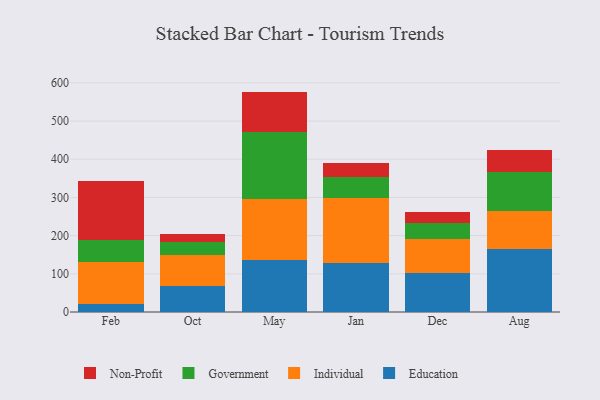
{"axis": {"x": "Month", "y": "Page Views"}, "legend": ["Education", "Government", "Individual", "Non-Profit"], "data": [{"x": "Feb", "y": 20.9, "type": "Education"}, {"x": "Feb", "y": 111.0, "type": "Individual"}, {"x": "Feb", "y": 56.5, "type": "Government"}, {"x": "Feb", "y": 153.9, "type": "Non-Profit"}, {"x": "Oct", "y": 68.6, "type": "Education"}, {"x": "Oct", "y": 80.1, "type": "Individual"}, {"x": "Oct", "y": 34.9, "type": "Government"}, {"x": "Oct", "y": 21.0, "type": "Non-Profit"}, {"x": "May", "y": 136.2, "type": "Education"}, {"x": "May", "y": 159.1, "type": "Individual"}, {"x": "May", "y": 175.4, "type": "Government"}, {"x": "May", "y": 106.5, "type": "Non-Profit"}, {"x": "Jan", "y": 127.2, "type": "Education"}, {"x": "Jan", "y": 170.8, "type": "Individual"}, {"x": "Jan", "y": 56.3, "type": "Government"}, {"x": "Jan", "y": 35.7, "type": "Non-Profit"}, {"x": "Dec", "y": 101.4, "type": "Education"}, {"x": "Dec", "y": 88.8, "type": "Individual"}, {"x": "Dec", "y": 43.0, "type": "Government"}, {"x": "Dec", "y": 27.8, "type": "Non-Profit"}, {"x": "Aug", "y": 166.2, "type": "Education"}, {"x": "Aug", "y": 97.5, "type": "Individual"}, {"x": "Aug", "y": 104.1, "type": "Government"}, {"x": "Aug", "y": 56.2, "type": "Non-Profit"}]}